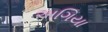
અગિયા